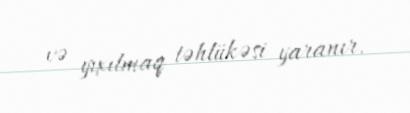
və yıxılmaq təhlükəsi yaranır.